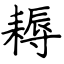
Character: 耨